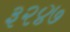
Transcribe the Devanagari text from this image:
३२४७